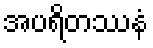
အပရိတဿနံ